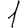
Digit: 1